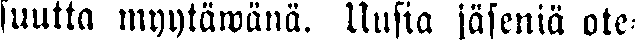
suutta myytäwänä. Uusia jäseniä ote-